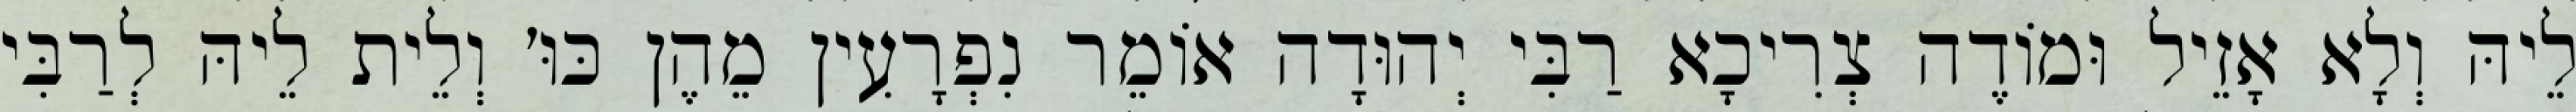
לֵיהּ וְלָא אָזֵיל וּמוֹדֶה צְרִיכָא רַבִּי יְהוּדָה אוֹמֵר נִפְרָעִין מֵהֶן כּוּ׳ וְלֵית לֵיהּ לְרַבִּי